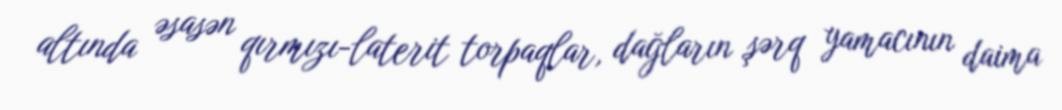
altında əsasən qırmızı-laterit torpaqlar, dağların şərq yamacının daima